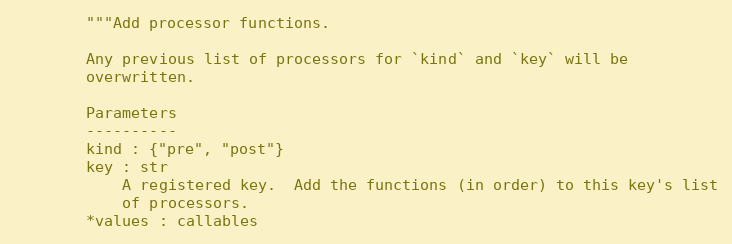
Language: Python
        """Add processor functions.

        Any previous list of processors for `kind` and `key` will be
        overwritten.

        Parameters
        ----------
        kind : {"pre", "post"}
        key : str
            A registered key.  Add the functions (in order) to this key's list
            of processors.
        *values : callables